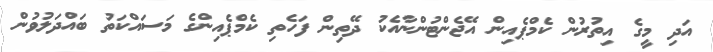
އަދި މީގެ އިތުރުން ކެމްޕެއިން އޭޖެންޓުންނާއެކު ދޭތިން ފަހެތި ކެމްޕެއިންގެ މަސައްކަތު ބައްދަލުވުން